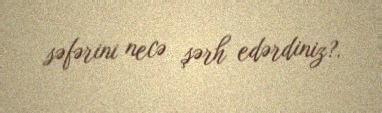
səfərini necə şərh edərdiniz?.